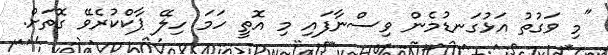
"މި ވަގުތު އަޅުގަނޑުމެން ވިސްނާފައި މި އޮތީ ހަމަ ހިލޭ ޕާކްކުރެވޭ ގޮތަށް.